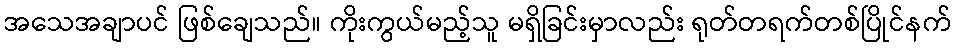
အသေအချာပင် ဖြစ်ချေသည်။ ကိုးကွယ်မည့်သူ မရှိခြင်းမှာလည်း ရုတ်တရက်တစ်ပြိုင်နက်